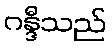
ဂန္ဒီသည်